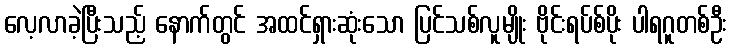
လေ့လာခဲ့ပြီးသည့် နောက်တွင် အထင်ရှားဆုံးသော ပြင်သစ်လူမျိုး ဗိုင်းရပ်စ်ပိုး ပါရဂူတစ်ဦး